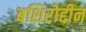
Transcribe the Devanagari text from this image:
बशिरोद्दीन